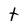
Character: t